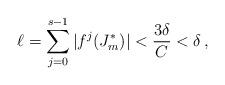
LaTeX: \begin{align*} \ell=\sum_{j=0}^{s-1} |f^{j}(J_{m}^*)| <\dfrac{3\delta}{C}<\delta\,, \end{align*}